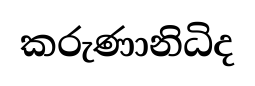
කරුණානිධිද